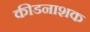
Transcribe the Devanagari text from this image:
कीडनाशक